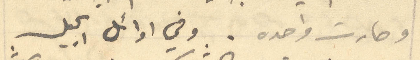
وصارت واحده . وفي اوائل الجيل